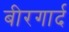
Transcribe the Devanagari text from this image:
बीरगार्द